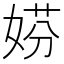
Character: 𡝱